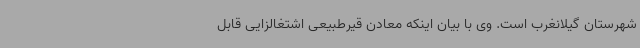
شهرستان گیلانغرب است. وی با بیان اینکه معادن قیرطبیعی اشتغالزایی قابل